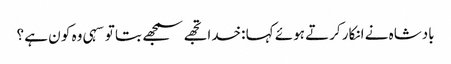
بادشاہ نے انکار کرتے ہوئے کہا :خدا تجھے سمجھے بتا تو سہی وہ کو ن ہے ؟